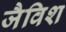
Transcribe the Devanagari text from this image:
जैविश